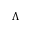
\Lambda